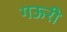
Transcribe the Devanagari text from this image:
गऊरी